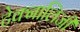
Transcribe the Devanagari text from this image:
टेक्नालिजी